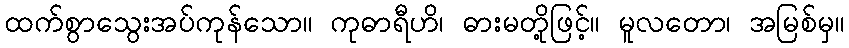
ထက်စွာသွေးအပ်ကုန်သော။ ကုဓာရီဟိ၊ ဓားမတို့ဖြင့်။ မူလတော၊ အမြစ်မှ။